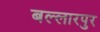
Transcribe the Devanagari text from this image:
बल्लारपुर